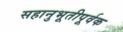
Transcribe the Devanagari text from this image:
सहानुभूतीपूर्वक